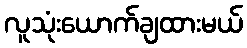
လူသုံးယောက်ချထားမယ်